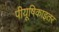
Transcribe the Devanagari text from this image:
पीयूषिकाइतर